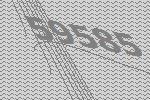
59585